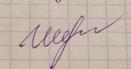
Signature authenticity: genuine